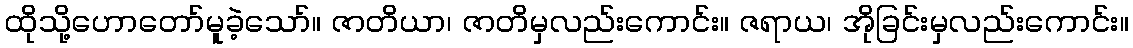
ထိုသို့ဟောတော်မူခဲ့သော်။ ဇာတိယာ၊ ဇာတိမှလည်းကောင်း။ ဇရာယ၊ အိုခြင်းမှလည်းကောင်း။